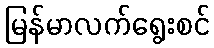
မြန်မာလက်ရွေးစင်